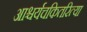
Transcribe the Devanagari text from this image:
आश्चर्यचकितरित्या